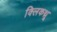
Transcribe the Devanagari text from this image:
क्लिकथ्रू